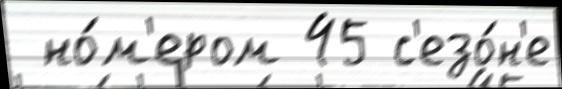
 но́м'ером 45 с'езо́н'е